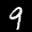
Label: 9